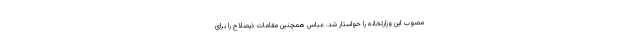
مصوب این وزارتخانه را خواستار شد. عباس همچنین مقامات ذیصلاح را برای